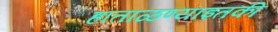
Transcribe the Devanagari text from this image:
हाताळण्याइतकी